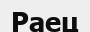
Раец